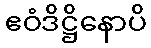
ဧဝံဒိဋ္ဌိနောပိ